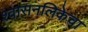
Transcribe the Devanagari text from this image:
श्वासनलिकेचा